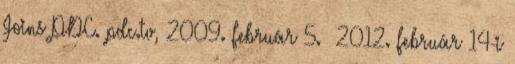
Joins PDC. pdc.tv, 2009. február 5. 2012. február 14-i